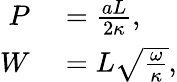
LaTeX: \begin{array}{rl}{P}&{{}=\frac{aL}{2\kappa},}\\ {W}&{{}=L\sqrt{\frac{\omega}{\kappa}},}\end{array}